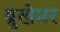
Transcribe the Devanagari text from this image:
ब्रुखेमर